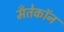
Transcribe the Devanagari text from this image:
मँतेकॉन